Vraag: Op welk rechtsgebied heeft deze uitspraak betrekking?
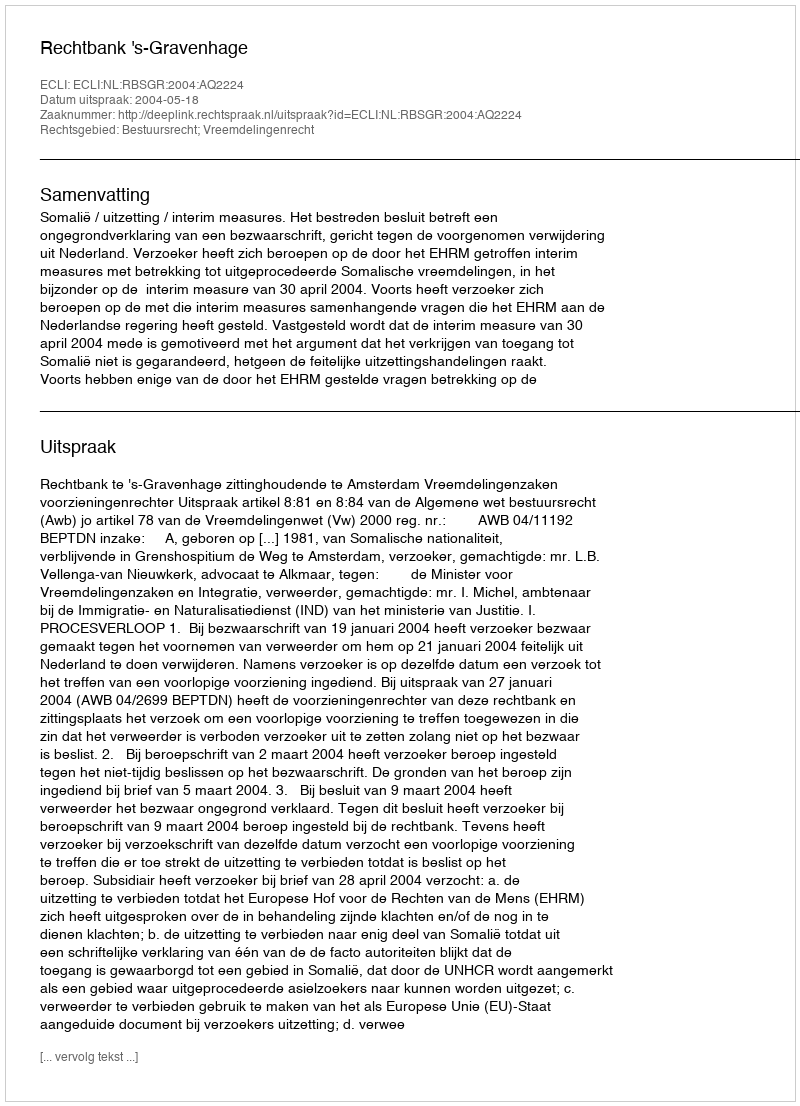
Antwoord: Bestuursrecht; Vreemdelingenrecht